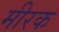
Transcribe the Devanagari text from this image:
मीरक